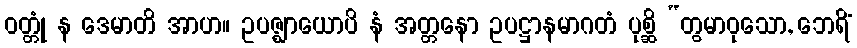
ဝတ္တုံ န ဒေမာတိ အာဟ။ ဥပဇ္ဈာယောပိ နံ အတ္တနော ဥပဋ္ဌာနမာဂတံ ပုစ္ဆိ “တွမာဝုသော, ဘေရိံ